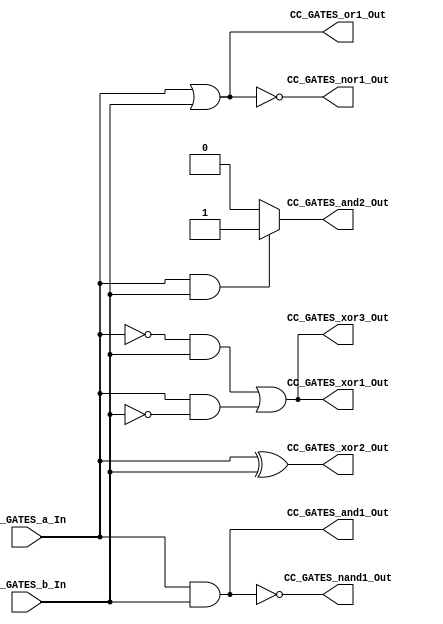
/*######################################################################
//#	G0B1T: HDL EXAMPLES. 2018.
//######################################################################
//# Copyright (C) 2018. F.E.Segura-Quijano (FES) fsegura@uniandes.edu.co
//# 
//# This program is free software: you can redistribute it and/or modify
//# it under the terms of the GNU General Public License as published by
//# the Free Software Foundation, version 3 of the License.
//#
//# This program is distributed in the hope that it will be useful,
//# but WITHOUT ANY WARRANTY; without even the implied warranty of
//# MERCHANTABILITY or FITNESS FOR A PARTICULAR PURPOSE.  See the
//# GNU General Public License for more details.
//#
//# You should have received a copy of the GNU General Public License
//# along with this program.  If not, see <http://www.gnu.org/licenses/>
//####################################################################*/
//=======================================================
//  MODULE Definition
//=======================================================
module CC_GATES (
//////////// OUTPUTS //////////
	CC_GATES_and1_Out,
	CC_GATES_and2_Out,
	CC_GATES_or1_Out,
	CC_GATES_xor1_Out,
	CC_GATES_xor2_Out,
	CC_GATES_xor3_Out,
	CC_GATES_nand1_Out,
	CC_GATES_nor1_Out,
//////////// INPUTS //////////
	CC_GATES_a_In,
	CC_GATES_b_In
);
//=======================================================
//  PARAMETER declarations
//=======================================================

//=======================================================
//  PORT declarations
//=======================================================
output CC_GATES_and1_Out;
output reg CC_GATES_and2_Out;
output CC_GATES_or1_Out;
output CC_GATES_xor1_Out;
output CC_GATES_xor2_Out;
output CC_GATES_xor3_Out;
output CC_GATES_nand1_Out;
output CC_GATES_nor1_Out;
input 	CC_GATES_a_In;
input 	CC_GATES_b_In;
//=======================================================
//  REG/WIRE declarations
//=======================================================
wire CC_GATES_xor1_wire, CC_GATES_xor2_wire;
//=======================================================
//  Structural coding
//=======================================================
// CC_GATES_and1_Out
assign CC_GATES_and1_Out = CC_GATES_a_In & CC_GATES_b_In;
// CC_GATES_and2_Out
always @(*)
begin
	if ((CC_GATES_a_In == 1'b1) && (CC_GATES_b_In == 1'b1))
		CC_GATES_and2_Out = 1'b1;
	else
		CC_GATES_and2_Out = 1'b0;
end
// CC_GATES_or1_Out
assign CC_GATES_or1_Out = CC_GATES_a_In | CC_GATES_b_In;
// CC_GATES_xor1_Out
assign CC_GATES_xor1_wire = (~CC_GATES_a_In & CC_GATES_b_In);
assign CC_GATES_xor2_wire = (CC_GATES_a_In & ~CC_GATES_b_In);
assign CC_GATES_xor1_Out = CC_GATES_xor1_wire | CC_GATES_xor2_wire; 
// CC_GATES_xor2_Out
assign CC_GATES_xor2_Out = CC_GATES_a_In ^ CC_GATES_b_In;
// CC_GATES_xor3_Out
assign CC_GATES_xor3_Out = (~CC_GATES_a_In & CC_GATES_b_In) | (CC_GATES_a_In & ~CC_GATES_b_In);
// CC_GATES_nand1_Out
assign CC_GATES_nand1_Out = ~(CC_GATES_a_In & CC_GATES_b_In);
// CC_GATES_nor1_Out
assign CC_GATES_nor1_Out = ~(CC_GATES_a_In | CC_GATES_b_In);

endmodule